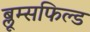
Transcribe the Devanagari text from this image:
ब्लूम्सफिल्ड